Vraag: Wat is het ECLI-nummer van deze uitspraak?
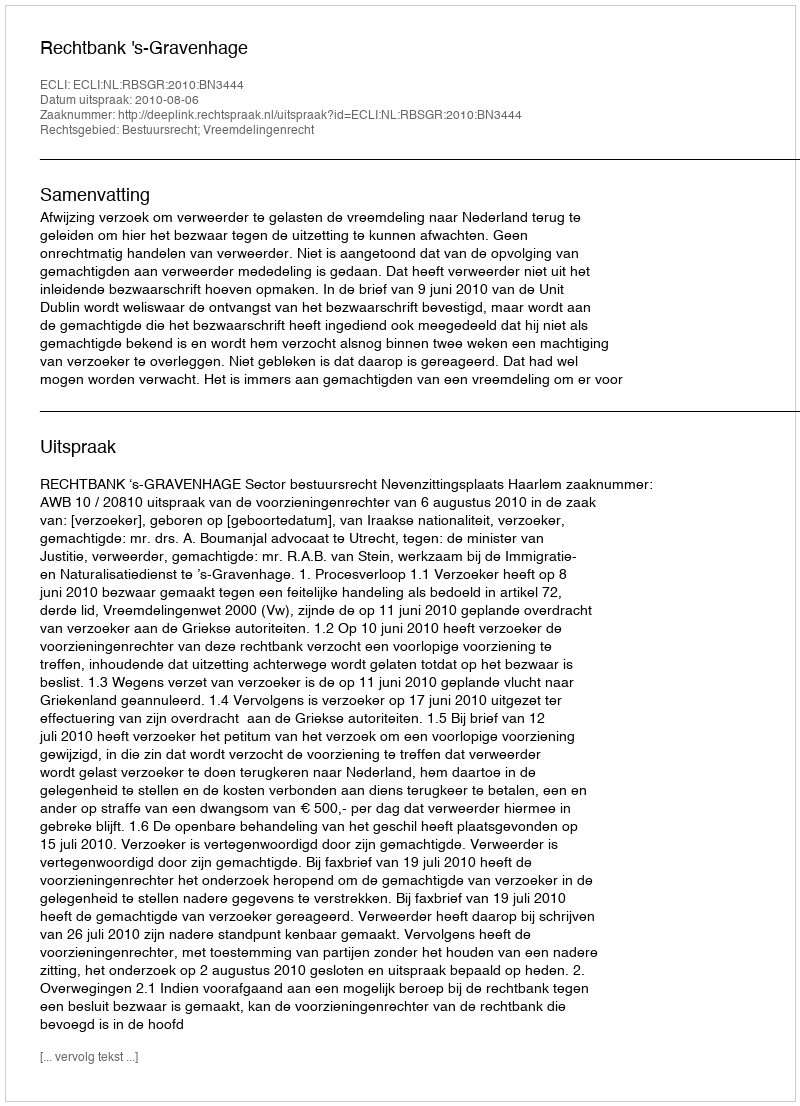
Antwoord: ECLI:NL:RBSGR:2010:BN3444